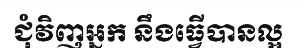
ជុំវិញអ្នក នឹងធ្វើបានល្អ